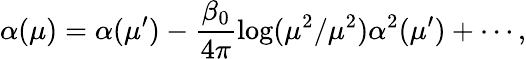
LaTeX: \alpha(\mu)=\alpha(\mu^{\prime})-\frac{\beta_{0}}{4\pi}\log(\mu^{2}/\mu^{2})\alpha^{2}(\mu^{\prime})+\cdots,